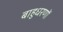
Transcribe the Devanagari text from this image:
बाहुधरणों